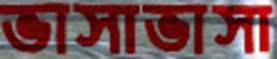
ভাসাভাসা